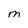
Character: M